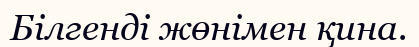
Білгенді жөнімен қина.